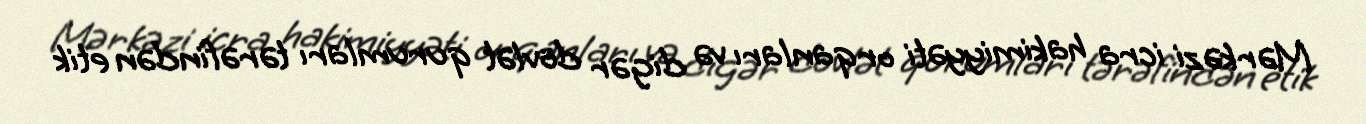
Mərkəzi icra hakimiyyəti orqanları və digər dövlət qurumları tərəfindən etik